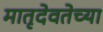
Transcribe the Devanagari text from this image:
मातृदेवतेच्या